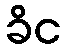
ခိင